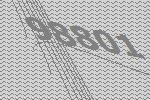
98801